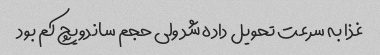
غذا به سرعت تحویل داده شد ولی حجم ساندویچ کم بود